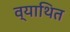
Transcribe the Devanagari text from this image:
व्याथित